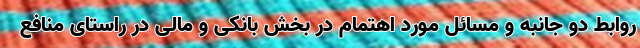
روابط دو جانبه و مسائل مورد اهتمام در بخش بانکی و مالی در راستای منافع